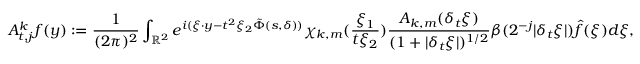
A _ { t , j } ^ { k } f ( y ) : = \frac { 1 } { ( 2 \pi ) ^ { 2 } } \int _ { { \mathbb { R } } ^ { 2 } } e ^ { i ( \xi \cdot y - t ^ { 2 } \xi _ { 2 } \tilde { \Phi } ( s , \delta ) ) } \chi _ { k , m } ( \frac { \xi _ { 1 } } { t \xi _ { 2 } } ) \frac { A _ { k , m } ( \delta _ { t } \xi ) } { ( 1 + | \delta _ { t } \xi | ) ^ { 1 / 2 } } \beta ( 2 ^ { - j } | \delta _ { t } \xi | ) \hat { f } ( \xi ) d \xi ,